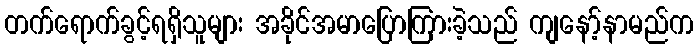
တက်ရောက်ခွင့်ရရှိသူများ အခိုင်အမာပြောကြားခဲ့သည် ကျနော့်နာမည်က